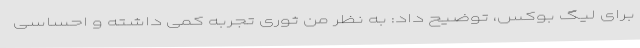
برای لیگ بوکس، توضیح داد: به نظر من ثوری تجربه کمی داشته و احساسی